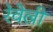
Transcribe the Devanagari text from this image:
रेवेल्री